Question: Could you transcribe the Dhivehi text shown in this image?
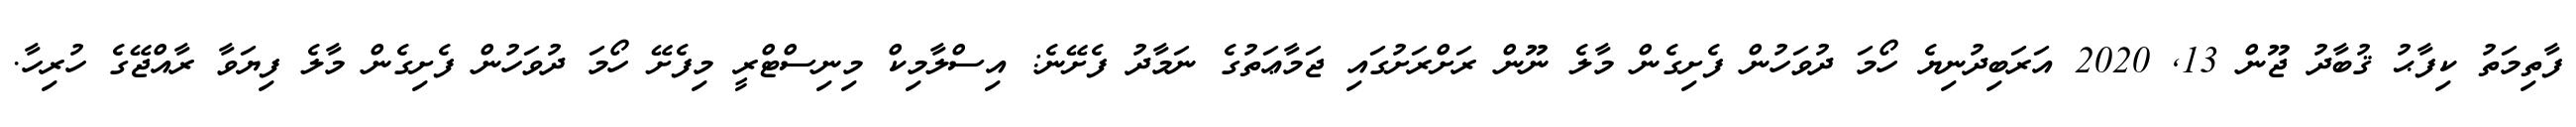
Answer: ފާތިމަތު ކިފާޙު ޤުބާދު ޖޫން 13, 2020 އަރަބިދުނިޔެ ހޯމަ ދުވަހުން ފެށިގެން މާލެ ނޫން ރަށްރަށުގައި ޖަމާޢަތުގެ ނަމާދު ފެށޭނެ: އިސްލާމިކް މިނިސްޓްރީ މިފެށޭ ހޯމަ ދުވަހުން ފެށިގެން މާލެ ފިޔަވާ ރާއްޖޭގެ ހުރިހާ.